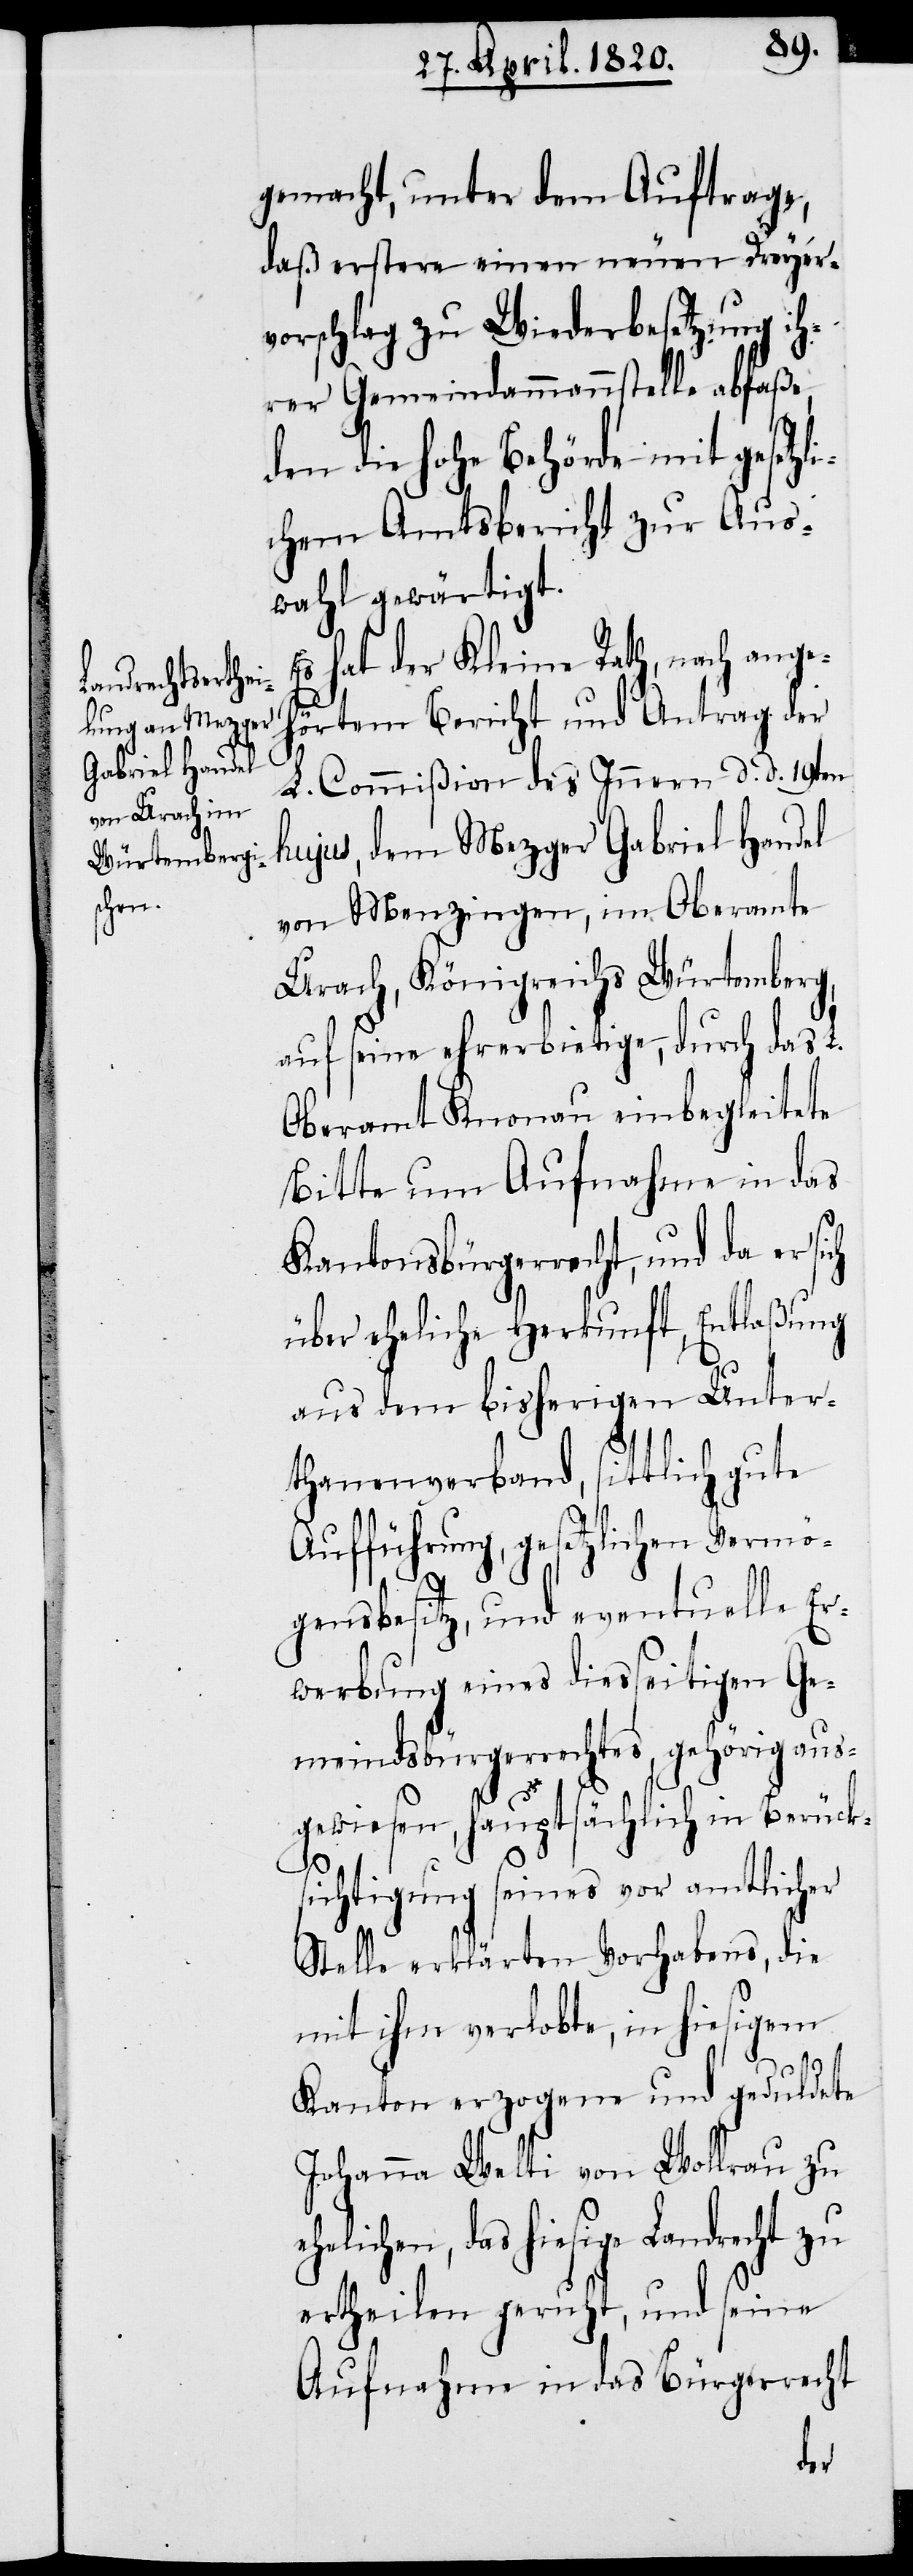
chen,

gemacht, unter dem Auftrage,
daß erster einen neuen Dreyer¬
vorschlag zu Wiederbesetzung ih¬
rer Gemeindammannstelle abfaße,
den die Hohe Behörde mit gesetzl¬
ichem Amtsbericht zur Aus¬
wahl gewärtigt.
Es hat der Kleine Rath, nach ange¬
hörtem Bericht und Antrag der
L. Commißion des Innern d. d. 19ten
hujus, dem Mezger Gabriel Handel
von Menzingen, im Oberamte
Urach, Königreichs Würtemberg,
auf seine ehrerbietige, durch das L.
Oberamt Knonau einbegleitete
Bitte um Aufnahme in das
Kantonsbürgerrecht, und da er
über eheliche Herkunft, Entlaßung
aus dem bisherigen Unter¬
thanenverband, sittlich gute
Aufführung, gesetzlichen Vermö¬
gensbesitz, und eventuelle Er¬
werbung eines diesseitigen Ge¬
meindsbürgerrechtes, gehörig aus¬
gewiesen, hauptsächlich in Berück¬
sichtigung seines vor amtlicher
Stelle erklärten Vorhabens, die
mit ihm verlobte, in hiesigem
Kanton erzogene und geduldete
Johanna Welti von Wollrau zu
hiesige Landrecht zu
ertheilen geruht, und seine
Aufnahme in das Bürgerrecht
das